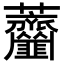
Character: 𦺅